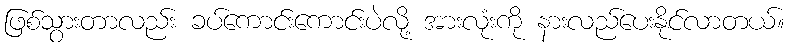
ဖြစ်သွားတာလည်း ခပ်ကောင်းကောင်းပဲလို့ အားလုံးကို နားလည်ပေးနိုင်လာတယ်။